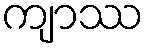
ကျာဿ